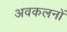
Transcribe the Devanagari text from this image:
अवकलनों